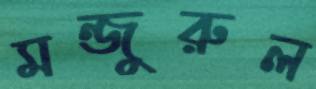
মন্জুরুল